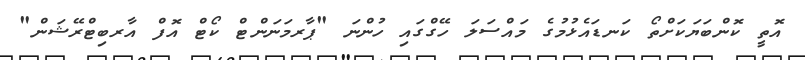
އޮތީ ކޮންބަޔަކަށްތޯ ކަނޑައެޅުމުގެ މައްސަލަ ހޭގްގައި ހުންނަ "ޕާރމަނަންޓް ކޯޓް އޮފް އާރބިޓްރޭޝަން"